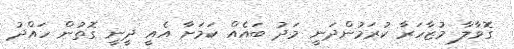
ގޮވާލާ މުޒާހަރާ ކުރަމުންދަނީ މަދު ބައެއް ކަމަށާ އެއީ ދީނީ ގޮތުން ހައްދު